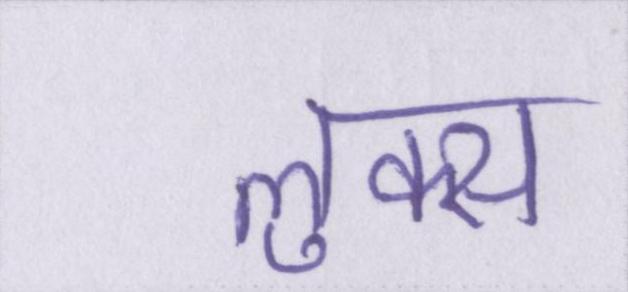
लुक्स